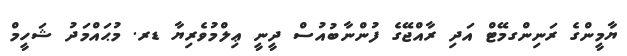
ޔާމީންގެ ރަނިންގމޭޓް އަދި ރާއްޖޭގެ ފުންނާބުއުސް ދީނީ ޢިލްމުވެރިޔާ ޑރ. މުޙައްމަދު ޝަހީމް